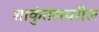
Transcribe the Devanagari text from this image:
शाकुंतलवरील